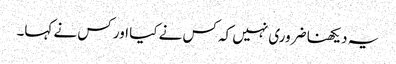
یہ دیکھنا ضروری نہیں کہ کس نے کیا اور کس نے کہا۔